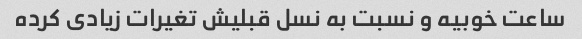
ساعت خوبیه و نسبت به نسل قبلیش تغیرات زیادی کرده